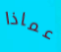
عماذا